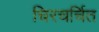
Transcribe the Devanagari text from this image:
चिरचर्चित